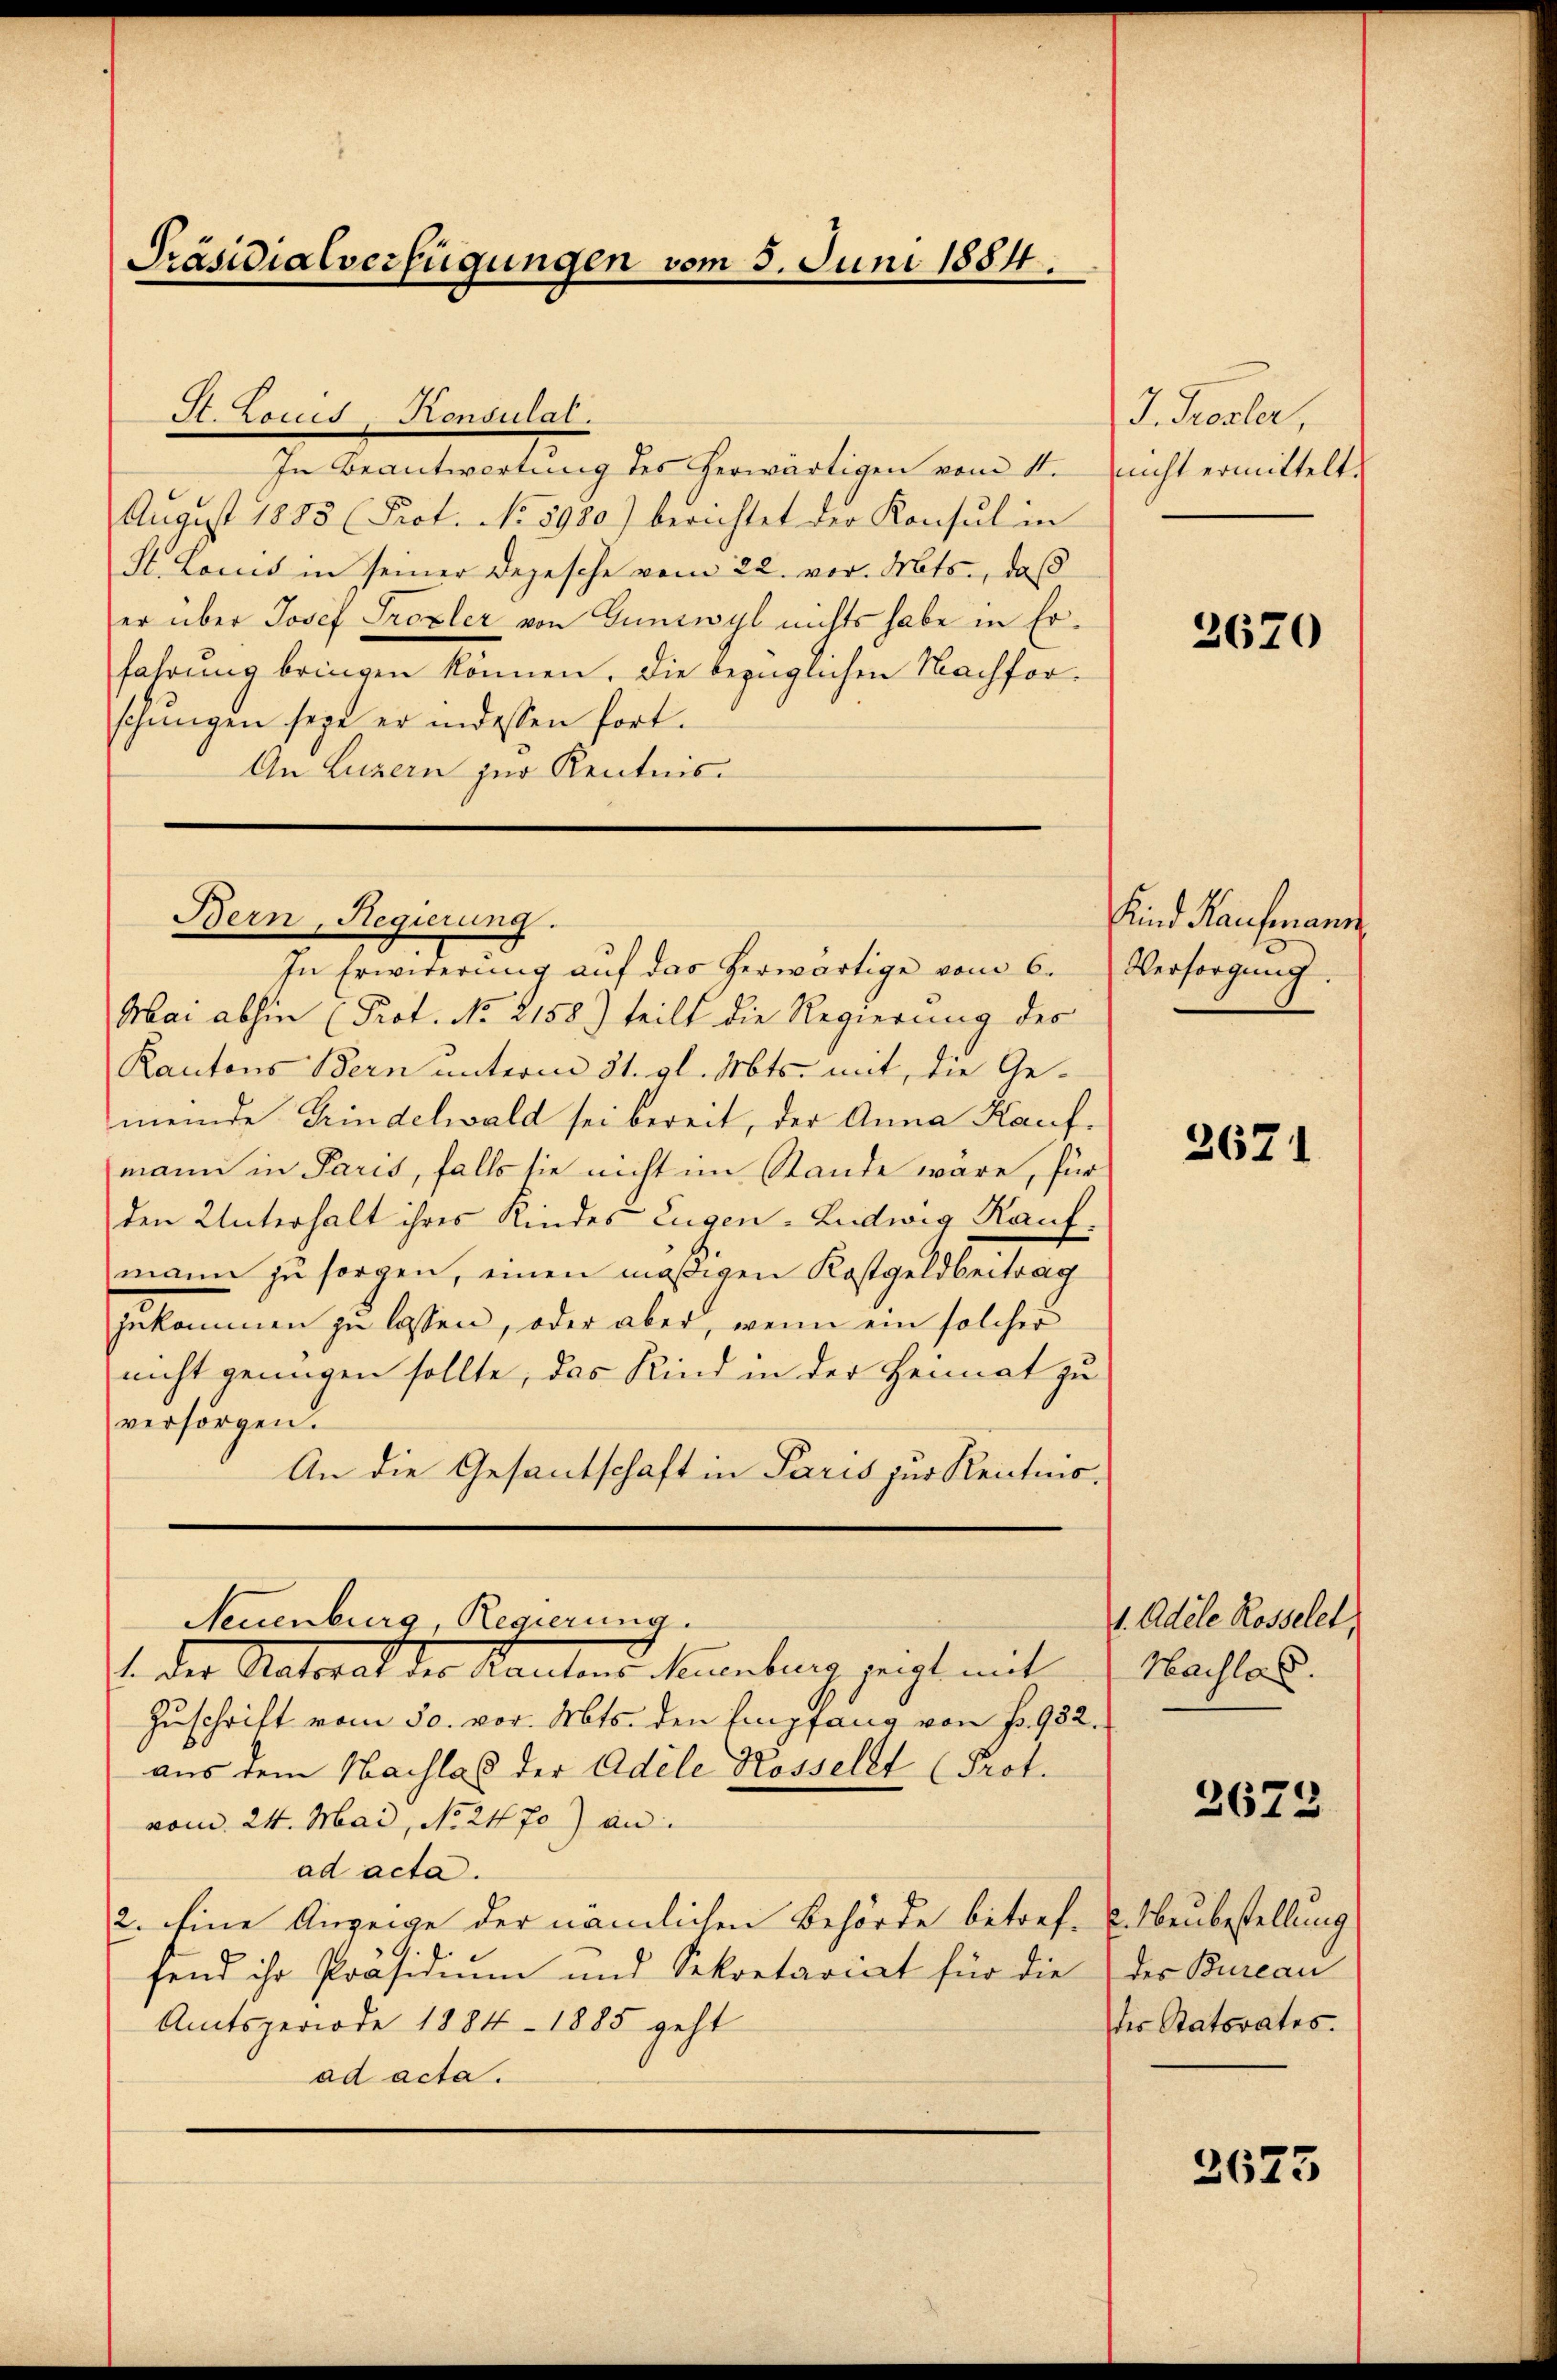
Präsidialverfügungen vom 5. Juni 1884.

I. Louis-Konsulat.
In Beantwortung des herwärtigen vom 11.
August 1885 (Prot. No 5980.) berichtet der Konsul in
St. Louis in seiner Depesche vom 22. vor. Mts., daß
er über Josef Prozler von Gunswyl nichts habe in Erfahrung bringen können, die bezüglichen Nachforschungen seye er indessen fort.
An Luzern zur Kenntnis¬

Bern, Regierung.

In Erwiderŭng aŭf das herwärtige vom 6.
Mai abhin (Prot. No 2158) teilt die Regierung des
Kantons Bern unterm 31. gl. Mts. mit, die Gemeinde Grindelwald sei bereit, der Anna Kaufmann in Paris, falls sie nicht im Stande wäre, für
den Unterhalt ihres Kindes Eugen-Ludwig Kaufmann zu sorgen, einen mäßigen Kostgeldbeitrag
gekommen zu lassen, oder aber, wenn ein solcher
nicht genügen sollte, das Kind in der Heimat zu
versorgen.
An die Gesantschaft in Paris zur Kenntnis.
Neuenburg, Regierung.
1. der Antrat der Kantons Neuenburg zeigt mit
Zuschrift vom 30. vor. Mts. den Empfang von fr. 982.
aus dem Nachlas der Adele Rosselst (Prot.
vom 24. Mai, No. 2470) an
ad acta.
2. Eine Anzeige der nämlichen Behörde betref- & Neubestellung
fend ihr Präsidium und Sekretariat für die
Amtsperiode 1884-1885 geht
ad acta.

J. Troster,
nnicht ermittelt.

2670

Kind Kaufmann
Versorgung.

2671

1. Adele Rosselet,
Hachlas.

2673

der Bureau
der Statorates.

2623